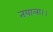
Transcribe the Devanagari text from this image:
तयाला।।